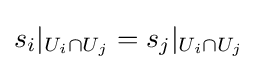
s_{i}|_{U_{i}\cap U_{j}}=s_{j}|_{U_{i}\cap U_{j}}